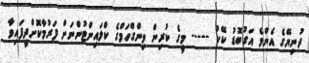
ދުނިޔޭގެ އެންމެ އަގުބޮޑު ކޭކު ----- މީގެ ކުރިން ވިންގްހަމްގެ ކްލައިންޓުންނަށް ފަރުމާކޮށްދީފައިވާ